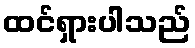
ထင်ရှားပါသည်